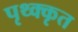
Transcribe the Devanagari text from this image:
पृथ्क्कृत